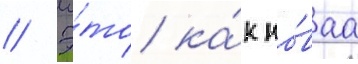
// Э́то ка́к но́ваа